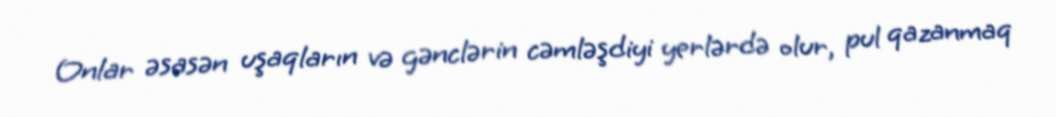
Onlar əsasən uşaqların və gənclərin cəmləşdiyi yerlərdə olur, pul qazanmaq